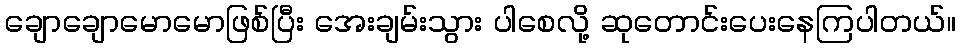
ချောချောမောမောဖြစ်ပြီး အေးချမ်းသွား ပါစေလို့ ဆုတောင်းပေးနေကြပါတယ်။